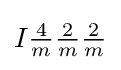
I{\tfrac {4}{m}}{\tfrac {2}{m}}{\tfrac {2}{m}}